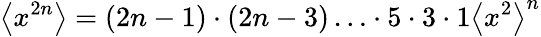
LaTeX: \left\langle x^{2n}\right\rangle=(2n-1)\cdot(2n-3)\ldots\cdot 5\cdot 3\cdot 1\left\langle x^{2}\right\rangle^{n}